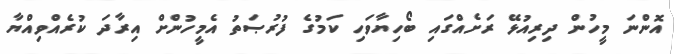
އޮންނަ މީހުން ދިރިއުޅޭ ރަށެއްގައި ބޯހިޔާވަހި ކަމުގެ ފުރުޞަތު އެމީހުންށް އިރާދަ ކުރެއްވިއްޔާ